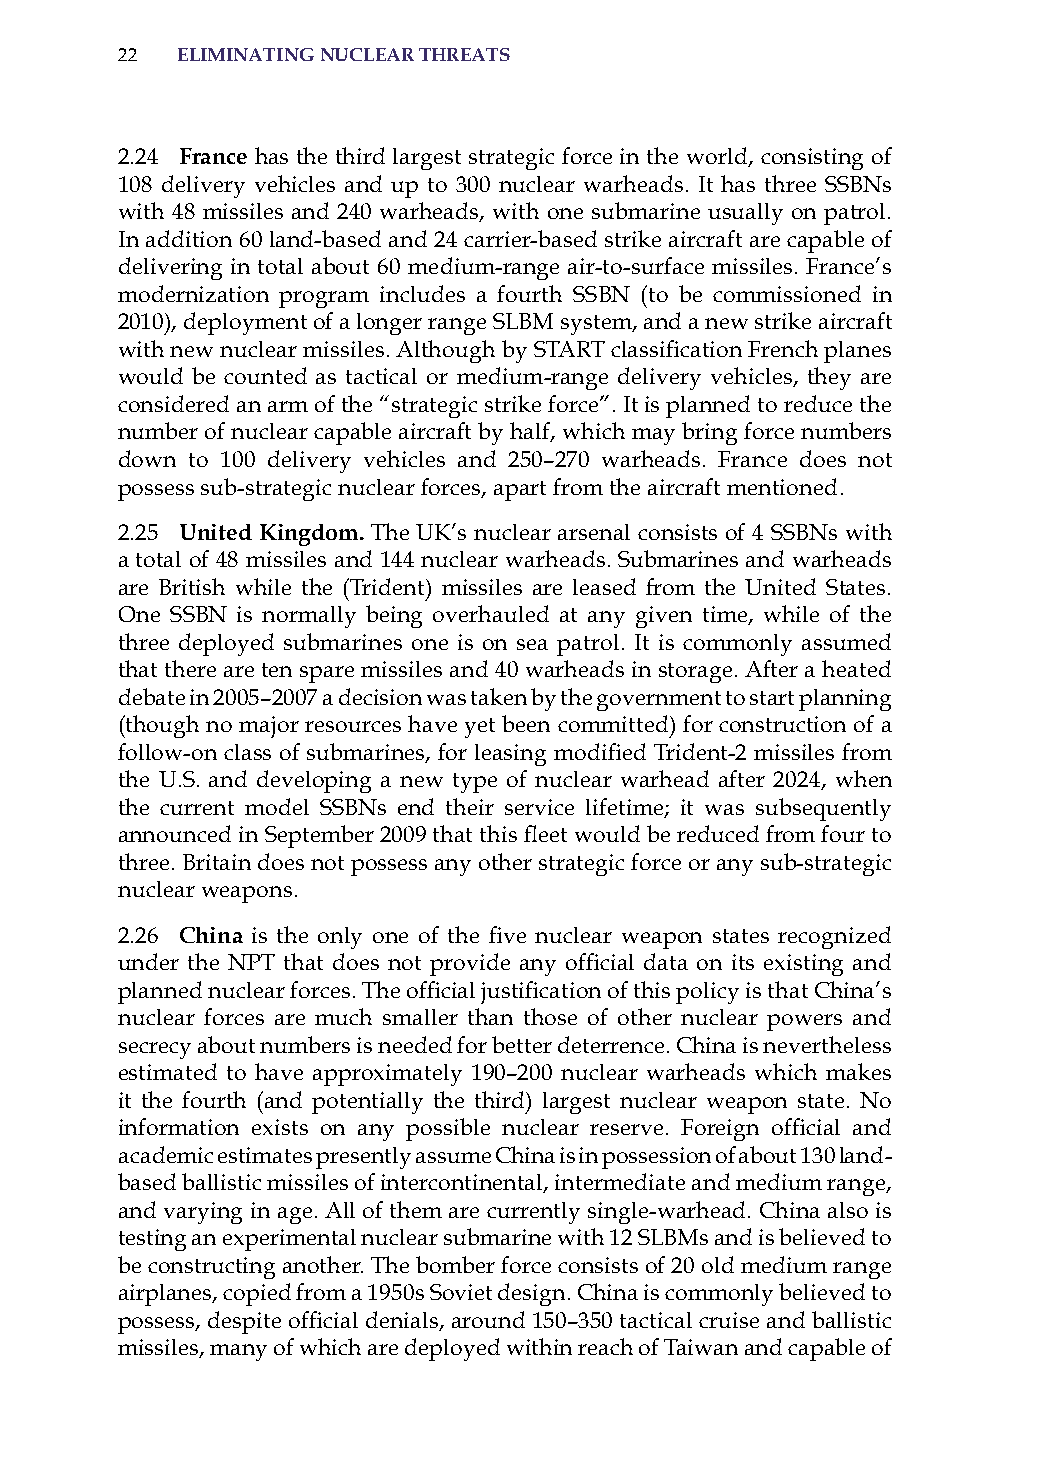
22  eliminatinG nuclear threats
 2.24 france has the third largest strategic force in the world, consisting of
 108 delivery vehicles and up to 300 nuclear warheads. it has three ssBNs
 with 48 missiles and 240 warheads, with one submarine usually on patrol.
 in addition 60 land-based and 24 carrier-based strike aircraft are capable of
 delivering in total about 60 medium-range air-to-surface missiles. France’s
 modernization program includes a fourth ssBN (to be commissioned in
 2010), deployment of a longer range sLBM system, and a new strike aircraft
 with new nuclear missiles. Although by START classification French planes
 would be counted as tactical or medium-range delivery vehicles, they are
 considered an arm of the “strategic strike force”. it is planned to reduce the
 number of nuclear capable aircraft by half, which may bring force numbers
 down to 100 delivery vehicles and 250–270 warheads. France does not
 possess sub-strategic nuclear forces, apart from the aircraft mentioned.
 2.25 united kingdom. The UK’s nuclear arsenal consists of 4 ssBNs with
 a total of 48 missiles and 144 nuclear warheads. submarines and warheads
 are British while the (Trident) missiles are leased from the United states.
 one ssBN is normally being overhauled at any given time, while of the
 three deployed submarines one is on sea patrol. it is commonly assumed
 that there are ten spare missiles and 40 warheads in storage. after a heated
 debate in 2005–2007 a decision was taken by the government to start planning
 (though no major resources have yet been committed) for construction of a
 follow-on class of submarines, for leasing modified Trident-2 missiles from
 the U.s. and developing a new type of nuclear warhead after 2024, when
 the current model ssBNs end their service lifetime; it was subsequently
 announced in September 2009 that this fleet would be reduced from four to
 three. Britain does not possess any other strategic force or any sub-strategic
 nuclear weapons.
 2.26 china is the only one of the five nuclear weapon states recognized
 under the NPT that does not provide any official data on its existing and
 planned nuclear forces. The official justification of this policy is that China’s
 nuclear forces are much smaller than those of other nuclear powers and
 secrecy about numbers is needed for better deterrence. China is nevertheless
 estimated to have approximately 190–200 nuclear warheads which makes
 it the fourth (and potentially the third) largest nuclear weapon state. No
 information exists on any possible nuclear reserve. Foreign official and
 academic estimates presently assume China is in possession of about 130 land-
 based ballistic missiles of intercontinental, intermediate and medium range,
 and varying in age. all of them are currently single-warhead. China also is
 testing an experimental nuclear submarine with 12 sLBMs and is believed to
 be constructing another. The bomber force consists of 20 old medium range
 airplanes, copied from a 1950s soviet design. China is commonly believed to
 possess, despite official denials, around 150–350 tactical cruise and ballistic
 missiles, many of which are deployed within reach of Taiwan and capable of